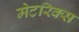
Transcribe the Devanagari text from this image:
मेटरिक्स